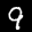
Label: 9